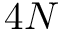
4 N